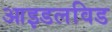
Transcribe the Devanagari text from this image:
आइडलविड